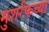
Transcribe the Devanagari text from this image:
मुशर्रफच्या